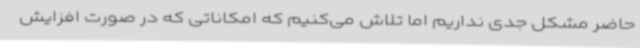
حاضر مشکل جدی نداریم اما تلاش می‌کنیم که امکاناتی که در صورت افزایش